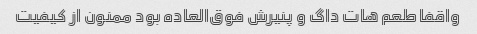
واقفا طعم هات داگ و پنیرش فوق‌العاده بود ممنون از کیفیت